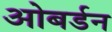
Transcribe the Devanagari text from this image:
ओबर्डन